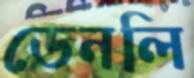
ডেনলি